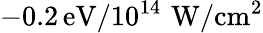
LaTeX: -0.2\, \mathrm{eV}/10^{14}\, \, \mathrm{W/cm^{2}}